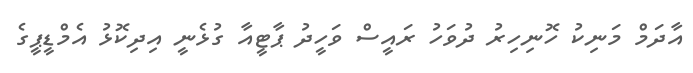
އާދަމް މަނިކު ހޮނިހިރު ދުވަހު ރައީސް ވަހީދު ޕާޓީއާ ގުޅެނީ އިދިކޮޅު އެމްޑީޕީގެ